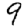
Digit: 9